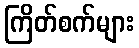
ကြိတ်စက်များ